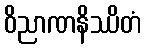
ဝိညာဏနိဿိတံ